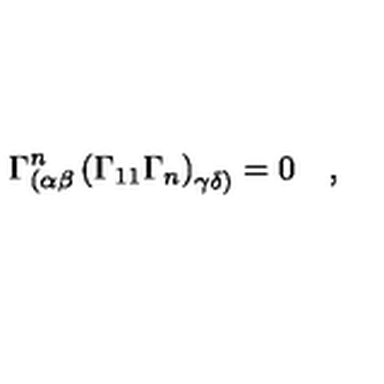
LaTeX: \Gamma _ { ( \alpha \beta } ^ { n } \left( \Gamma _ { 1 1 } \Gamma _ { n } \right) _ { \gamma \delta ) } = 0 \quad ,